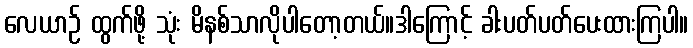
လေယာဉ် ထွက်ဖို့ သုံး မိနစ်သာလိုပါတော့တယ်။ဒါကြောင့် ခါးပတ်ပတ်ပေးထားကြပါ။